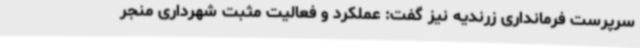
سرپرست فرمانداری زرندیه نیز گفت: عملکرد و فعالیت مثبت شهرداری منجر